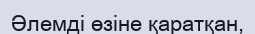
Әлемді өзіне қаратқан,